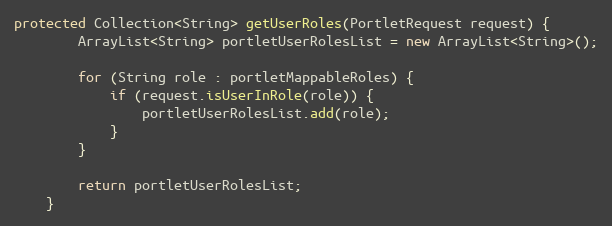
Language: Java
protected Collection<String> getUserRoles(PortletRequest request) {
        ArrayList<String> portletUserRolesList = new ArrayList<String>();

        for (String role : portletMappableRoles) {
            if (request.isUserInRole(role)) {
                portletUserRolesList.add(role);
            }
        }

        return portletUserRolesList;
    }